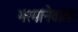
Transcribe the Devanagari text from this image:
भरमानेवाला